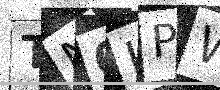
Text: TN0IPW